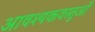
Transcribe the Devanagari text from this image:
आवश्यकवस्तुओं